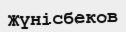
Жүнісбеков